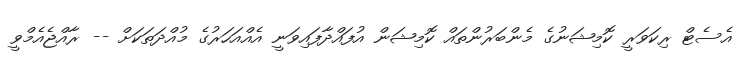
އެސެޓް ރިކަވަރީ ކޮމިޝަނުގެ މެންބަރުންތައް ކޮމިޝަން އުފައްދާފައިވަނީ އެއްއަހަރުގެ މުއްދަތަކަށް -- ރާއްޖެއެމްވީ